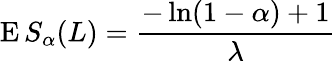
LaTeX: \operatorname{E}S_{\alpha}(L)={\frac{-\ln(1-\alpha)+1}{\lambda}}